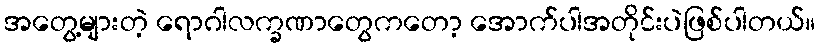
အတွေ့များတဲ့ ရောဂါလက္ခဏာတွေကတော့ အောက်ပါအတိုင်းပဲဖြစ်ပါတယ်။